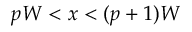
p W < x < ( p + 1 ) W